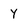
Character: Y